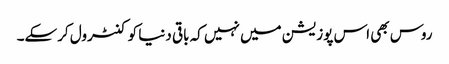
روس بھی اس پوزیشن میں نہیں کہ باقی دنیا کو کنٹرول کرسکے۔